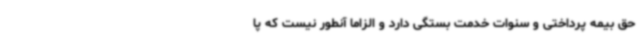
حق بیمه پرداختی و سنوات خدمت بستگی دارد و الزاما آنطور نیست که پا